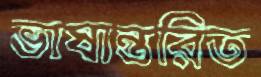
ভাষান্তরিত